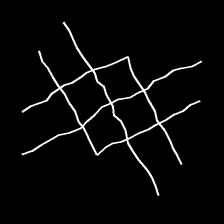
Glyph: crystal